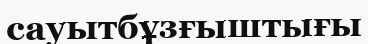
сауытбұзғыштығы